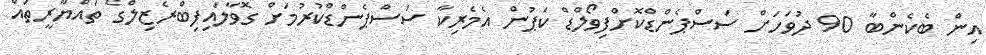
އިން ބެކެންބާ 90 ދުވަހަށް ސަސްޕެންޑްކޮށްފިވޯލްޑް ކަޕުން އެމެރިކާ ސަސްޕެންޑްކުރުމަށް ގޮވާލައިފިބްރެޒިލްގެ ތައްޔާރީތައް